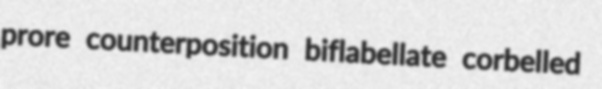
prore counterposition biflabellate corbelled